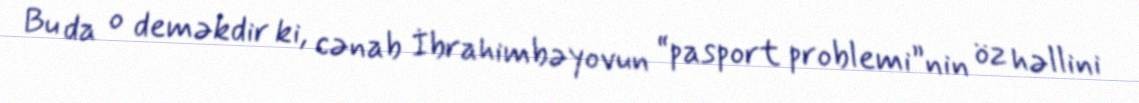
Bu da o deməkdir ki, cənab İbrahimbəyovun “pasport problemi”nin öz həllini